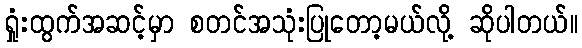
ရှုံးထွက်အဆင့်မှာ စတင်အသုံးပြုတော့မယ်လို့ ဆိုပါတယ်။